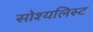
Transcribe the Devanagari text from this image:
सोश्यलिस्ट